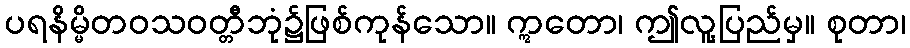
ပရနိမ္မိတဝသဝတ္တီဘုံ၌ဖြစ်ကုန်သော။ ဣတော၊ ဤလူ့ပြည်မှ။ စုတာ၊